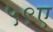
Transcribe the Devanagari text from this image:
५९ए